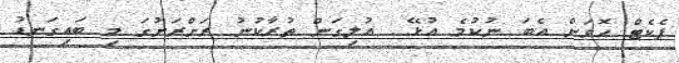
ޕެކެޓް ހޮވަން އެބަ ނުކުމެ އުޅޭ... އުލިގަން ތުރާކުނު ރަށްރަށުގަ މި ބައިގަނޑު